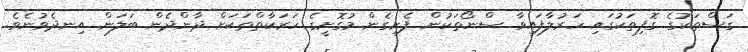
ގަސްތަކުގެ ގޮފިތަކުގައި ހަރުލާފައިވާ ސްނޯތަކުން ފެށިގެން މުގޮށީގެ ހަރަކާތްތަކަށް ދާންދެން ބަލަން އިނދެވުނެވެ.